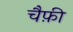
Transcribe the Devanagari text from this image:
चैफ़ी